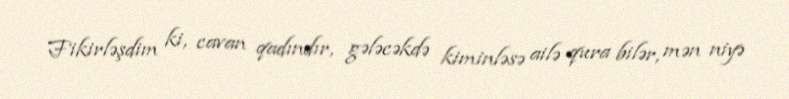
Fikirləşdim ki, cavan qadındır, gələcəkdə kiminləsə ailə qura bilər, mən niyə